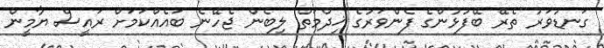
ގަނޑުވަރު ތެރޭ ބޭފުޅުންގެ ފެންވަރުގެ ޚިދްމަތް ލިބެން ޖެހޭނެ ބައެއްކަމަށް ރައީސް ޔާމީން